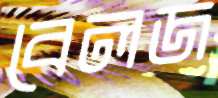
বেলজ